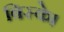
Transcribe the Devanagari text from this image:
बिस्के।